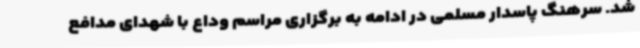
شد. سرهنگ پاسدار مسلمی در ادامه به برگزاری مراسم وداع با شهدای مدافع